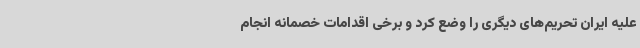
علیه ایران تحریم‌های دیگری را وضع کرد و برخی اقدامات خصمانه انجام